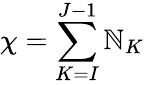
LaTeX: \chi=\sum_{K=I}^{J-1}\mathbb{N}_{K}